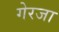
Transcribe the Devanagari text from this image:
गेरजा